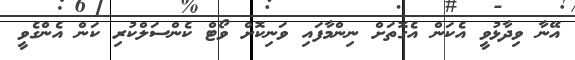
އޭނާ ވިދާޅުވީ އެކަން އެގޮތަށް ނިންމާފައި ވަނިކޮށް ވޯޓް ކެންސަލްކުރި ކަން އެންގެވީ